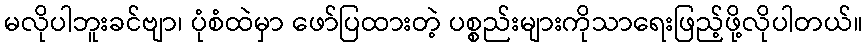
မလိုပါဘူးခင်ဗျာ၊ ပုံစံထဲမှာ ဖော်ပြထားတဲ့ ပစ္စည်းများကိုသာရေးဖြည့်ဖို့လိုပါတယ်။